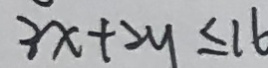
3 x + 2 y \leq 1 6